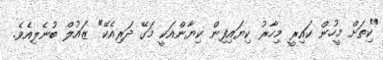
"ކިތަށް މީހުން ކައިރީ މިހާރު ކިޔައިފިން ކިޔާންއަކީ މަގޭ ދަރިއެކޭ" ޒައުލް ބުނެލިއެވެ.